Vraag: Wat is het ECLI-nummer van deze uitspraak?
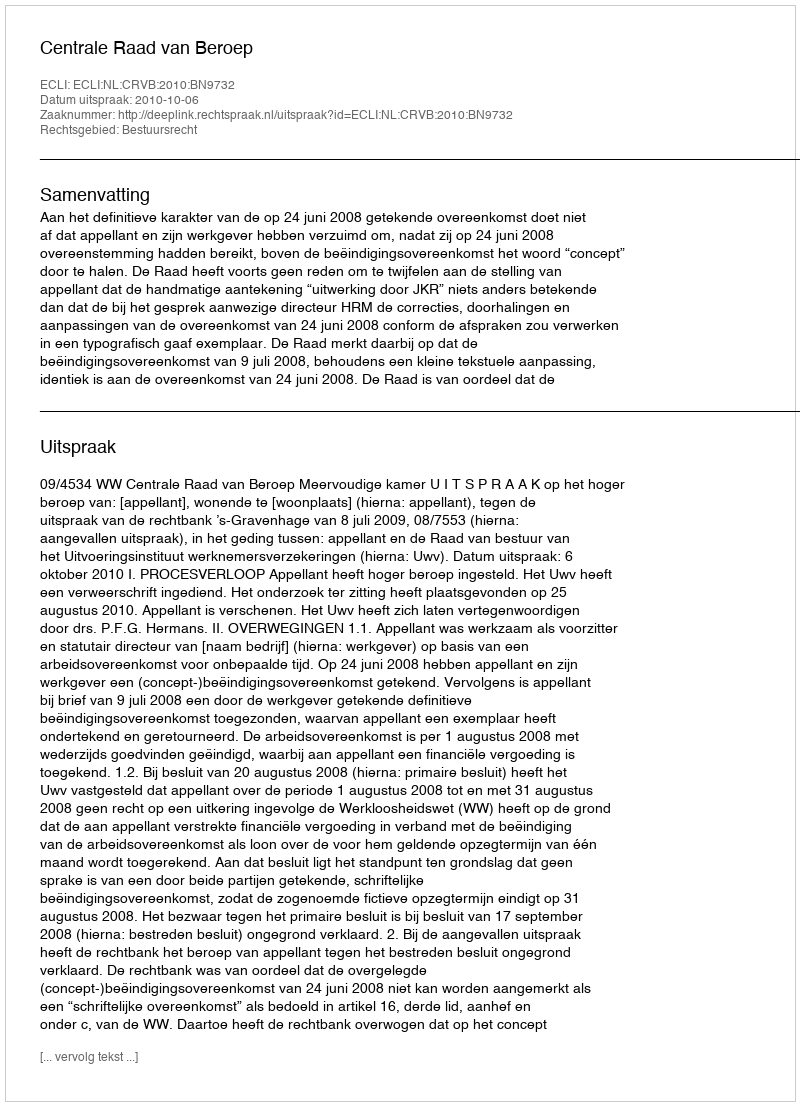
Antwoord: ECLI:NL:CRVB:2010:BN9732